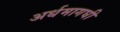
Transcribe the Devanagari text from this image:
अर्धमागघी